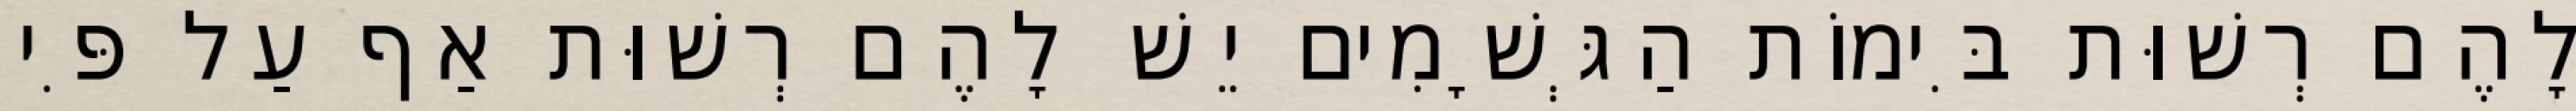
לָהֶם רְשׁוּת בִּימוֹת הַגְּשָׁמִים יֵשׁ לָהֶם רְשׁוּת אַף עַל פִּי